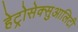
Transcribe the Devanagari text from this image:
हेट्रोसेक्सुआलिटी